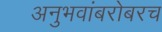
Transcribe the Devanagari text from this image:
अनुभवांबरोबरच